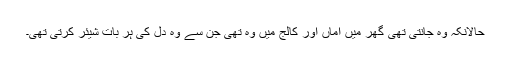
حالانکہ وہ جانتی تھی گھر میں اماں اور کالج میں وہ تھی جن سے وہ دل کی ہر بات شیئر کرتی تھی۔